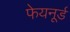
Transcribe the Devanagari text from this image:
फेयनूर्ड